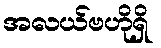
အလယ်ဗဟိုရှိ